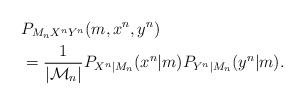
LaTeX: \begin{align*} & P_{M_{n}X^{n}Y^{n}}(m,x^{n},y^{n}) \\ & =\frac{1}{|{\cal M}_{n}|}P_{X^{n}|M_{n}}(x^{n}|m)P_{Y^{n}|M_{n}}(y^{n}|m).\end{align*}